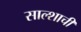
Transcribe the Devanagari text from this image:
साल्शाची